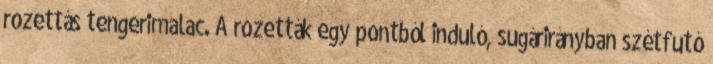
rozettás tengerimalac. A rozetták egy pontból induló, sugárirányban szétfutó